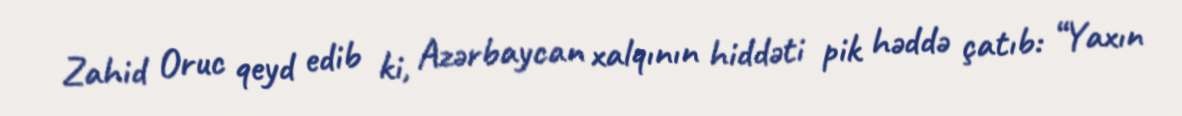
Zahid Oruc qeyd edib ki, Azərbaycan xalqının hiddəti pik həddə çatıb: “Yaxın